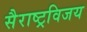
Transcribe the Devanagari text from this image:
सैराष्ट्रविजय